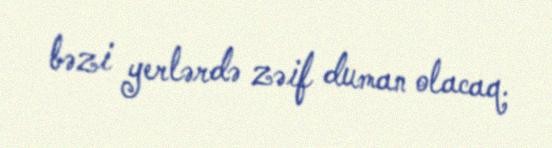
bəzi yerlərdə zəif duman olacaq.